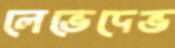
লেভেদেভ